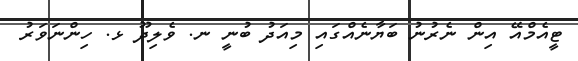
ޓީއެމްއޭ އިން ނެރުނު ބަޔާނެއްގައި މިއަދު ބުނީ ނ. ވެލިދޫ ޅ. ހިންނަވަރު